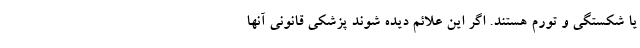
یا شکستگی و تورم هستند. اگر این‌ علائم دیده شوند پزشکي قانونی آنها